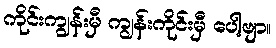
ကိုင်းကျွန်းမှီ ကျွန်းကိုင်းမှီ ပေါ့ဗျာ။